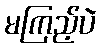
မကြည့်ပဲ